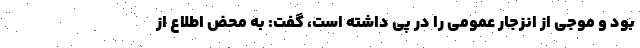
بود و موجی از انزجار عمومی را در پی داشته است، گفت: به محض اطلاع از